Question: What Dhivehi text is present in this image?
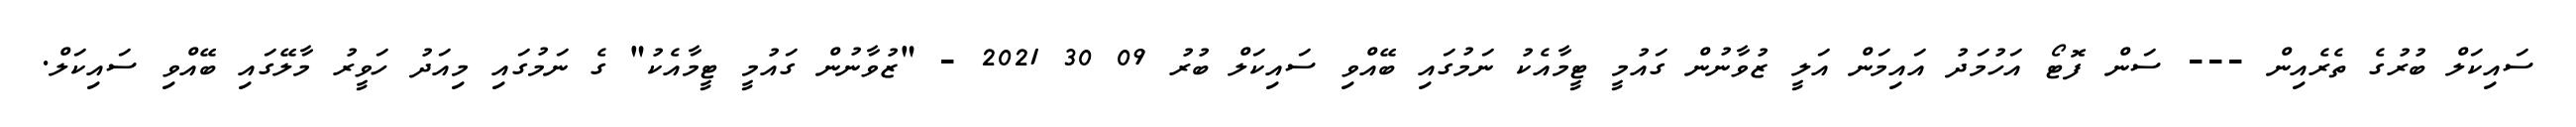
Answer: ސައިކަލް ބުރުގެ ތެރެއިން --- ސަން ފޮޓޯ އަހުމަދު އައިމަން އަލީ ޒުވާނުން ގައުމީ ޓީމާއެކު ނަމުގައި ބޭއްވި ސައިކަލް ބުރު 09 30 2021 - "ޒުވާނުން ގައުމީ ޓީމާއެކު" ގެ ނަމުގައި މިއަދު ހަވީރު މާލޭގައި ބޭއްވި ސައިކަލް.